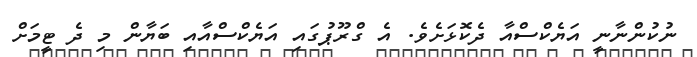
ނުކުންނާނީ އަޔެކްސްއާ ދެކޮޅަށެވެ. އެ ގްރޫޕުގައި އަޔެކްސްއާއި ބަޔާން މި ދެ ޓީމަށް